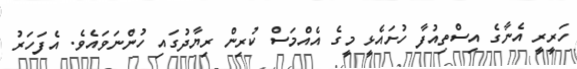
ހަރީރީ އެނާގެ އިސްތިއުފާ ހުށައެޅީ މީގެ އެއްމަސް ކުރިން ރިޔާދުގައި ހުންނަވައެވެ. އެފަހަރު